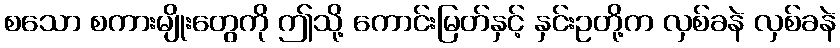
စသော စကားမျိုးတွေကို ဤသို့ ကောင်းမြတ်နှင့် နှင်းဥတို့က လှစ်ခနဲ လှစ်ခနဲ